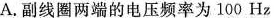
A.副线圈两端的电压频率为100Hz